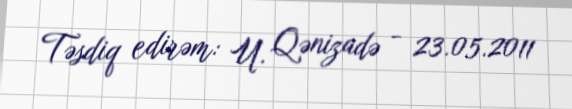
Təsdiq edirəm: U. Qənizadə - 23.05.2011